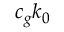
c _ { g } k _ { 0 }